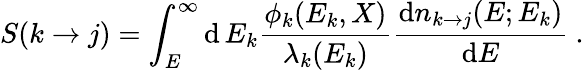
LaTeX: S(k\rightarrow j)=\int_{E}^{\infty}\mathrm{d}\, E_{k}{\frac{\phi_{k}(E_{k},X)}{\lambda_{k}(E_{k})}}{\frac{\mathrm{d}n_{k\rightarrow j}(E;E_{k})}{\mathrm{d}E}}\ .